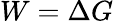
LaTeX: W=\Delta G